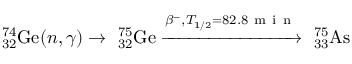
^ { 7 4 } _ { 3 2 } \mathrm { G e } ( n , \gamma ) \rightarrow \ _ { 3 2 } ^ { 7 5 } \mathrm { G e } \xrightarrow { \beta ^ { - } , T _ { 1 / 2 } = 8 2 . 8 \mathrm { ~ m ~ i ~ n ~ } } \ _ { 3 3 } ^ { 7 5 } \mathrm { A s }